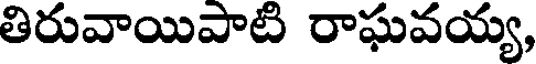
తిరువాయిపాటి రాఘవయ్య,